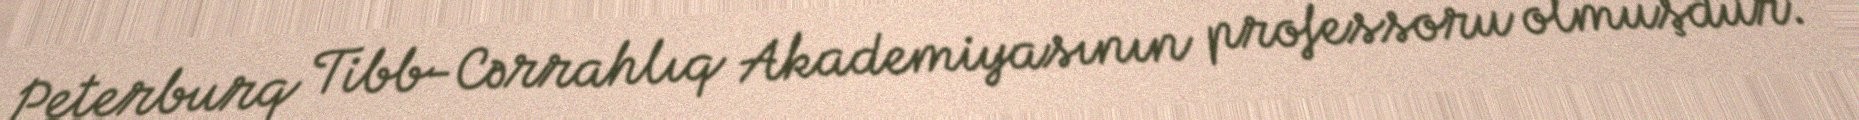
Peterburq Tibb-Cərrahlıq Akademiyasının professoru olmuşdur.